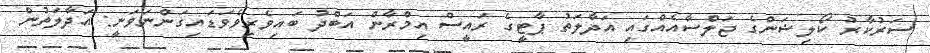
ސަރުކާރު ކޯލިޝަންގެ ޖަލްސާއެއްގައި އަދާލަތު ޕާޓީގެ ރައީސް އިމްރާން އަބްދު ބައިވެރިވެވަޑައިގަންނަވަނީ: އަދާލަތުން